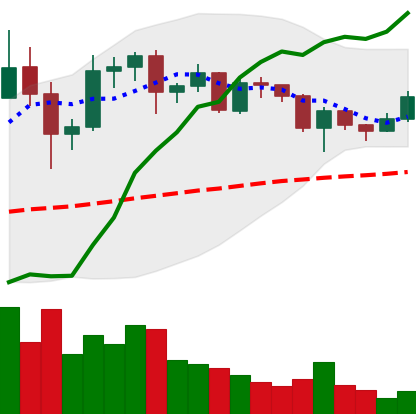
Ticker: ADA-USD
Chart end date: 2020-12-13
Forward return: 7.16%
Label: up_7plus